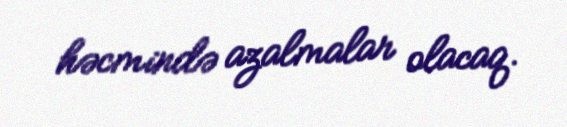
həcmində azalmalar olacaq.